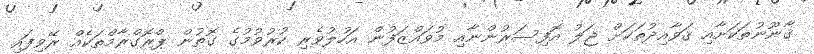
ޤާނޫނުތަކަށާއި ޤަވާއިދުތަކަށް ޖަލު އޮފިސަރުންނާއި މުވައްޒަފުން އަހުލުވެރި ކުރުވުމުގެ ގޮތުން ޕްރޮގްރާމްތަކެއް ރޭވިފައި